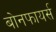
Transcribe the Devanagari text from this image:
बोनफायर्स